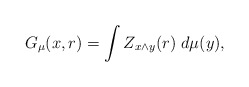
\begin{align*} G_\mu(x, r)=\int Z_{x\wedge y}(r) \; d\mu(y), \end{align*}